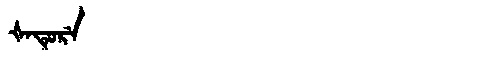
Manchu: ᡧᠠᡨᡠᡵᡝ
Romanization: ŠATURE